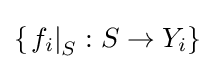
\left\{\left.f_{i}\right|_{S}:S\to Y_{i}\right\}